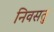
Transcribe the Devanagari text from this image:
निवसतु